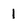
Character: 1